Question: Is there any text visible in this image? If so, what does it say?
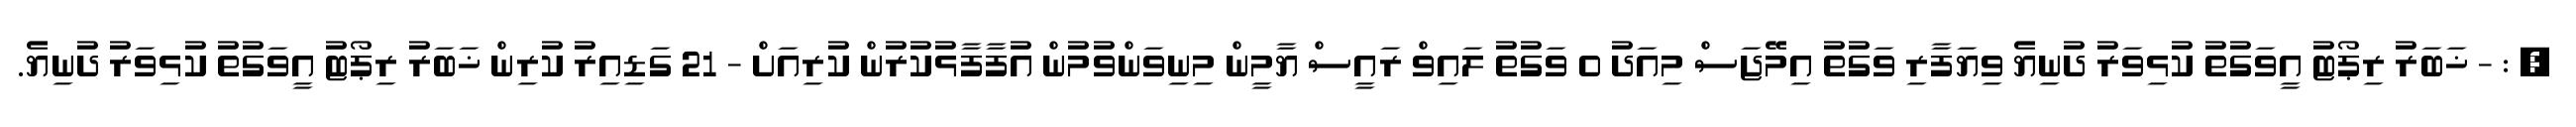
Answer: , : - ޚަބަރު ރިޕޯޓު އީވަގުތު ކުޅިވަރު ދުނިޔެ ވިޔަފާރި ވަގުތު އިމޭޖަސް މިއަދު 0 ވަގުތު ލައިވް ރައީސް ޔާމީން މިނިވަންވުމުން އުފާފާޅުކުރުން ކުރިއަށް - 21 ގަޑިއިރު ކުރިން ޚަބަރު ރިޕޯޓު އީވަގުތު ކުޅިވަރު ދުނިޔެ.